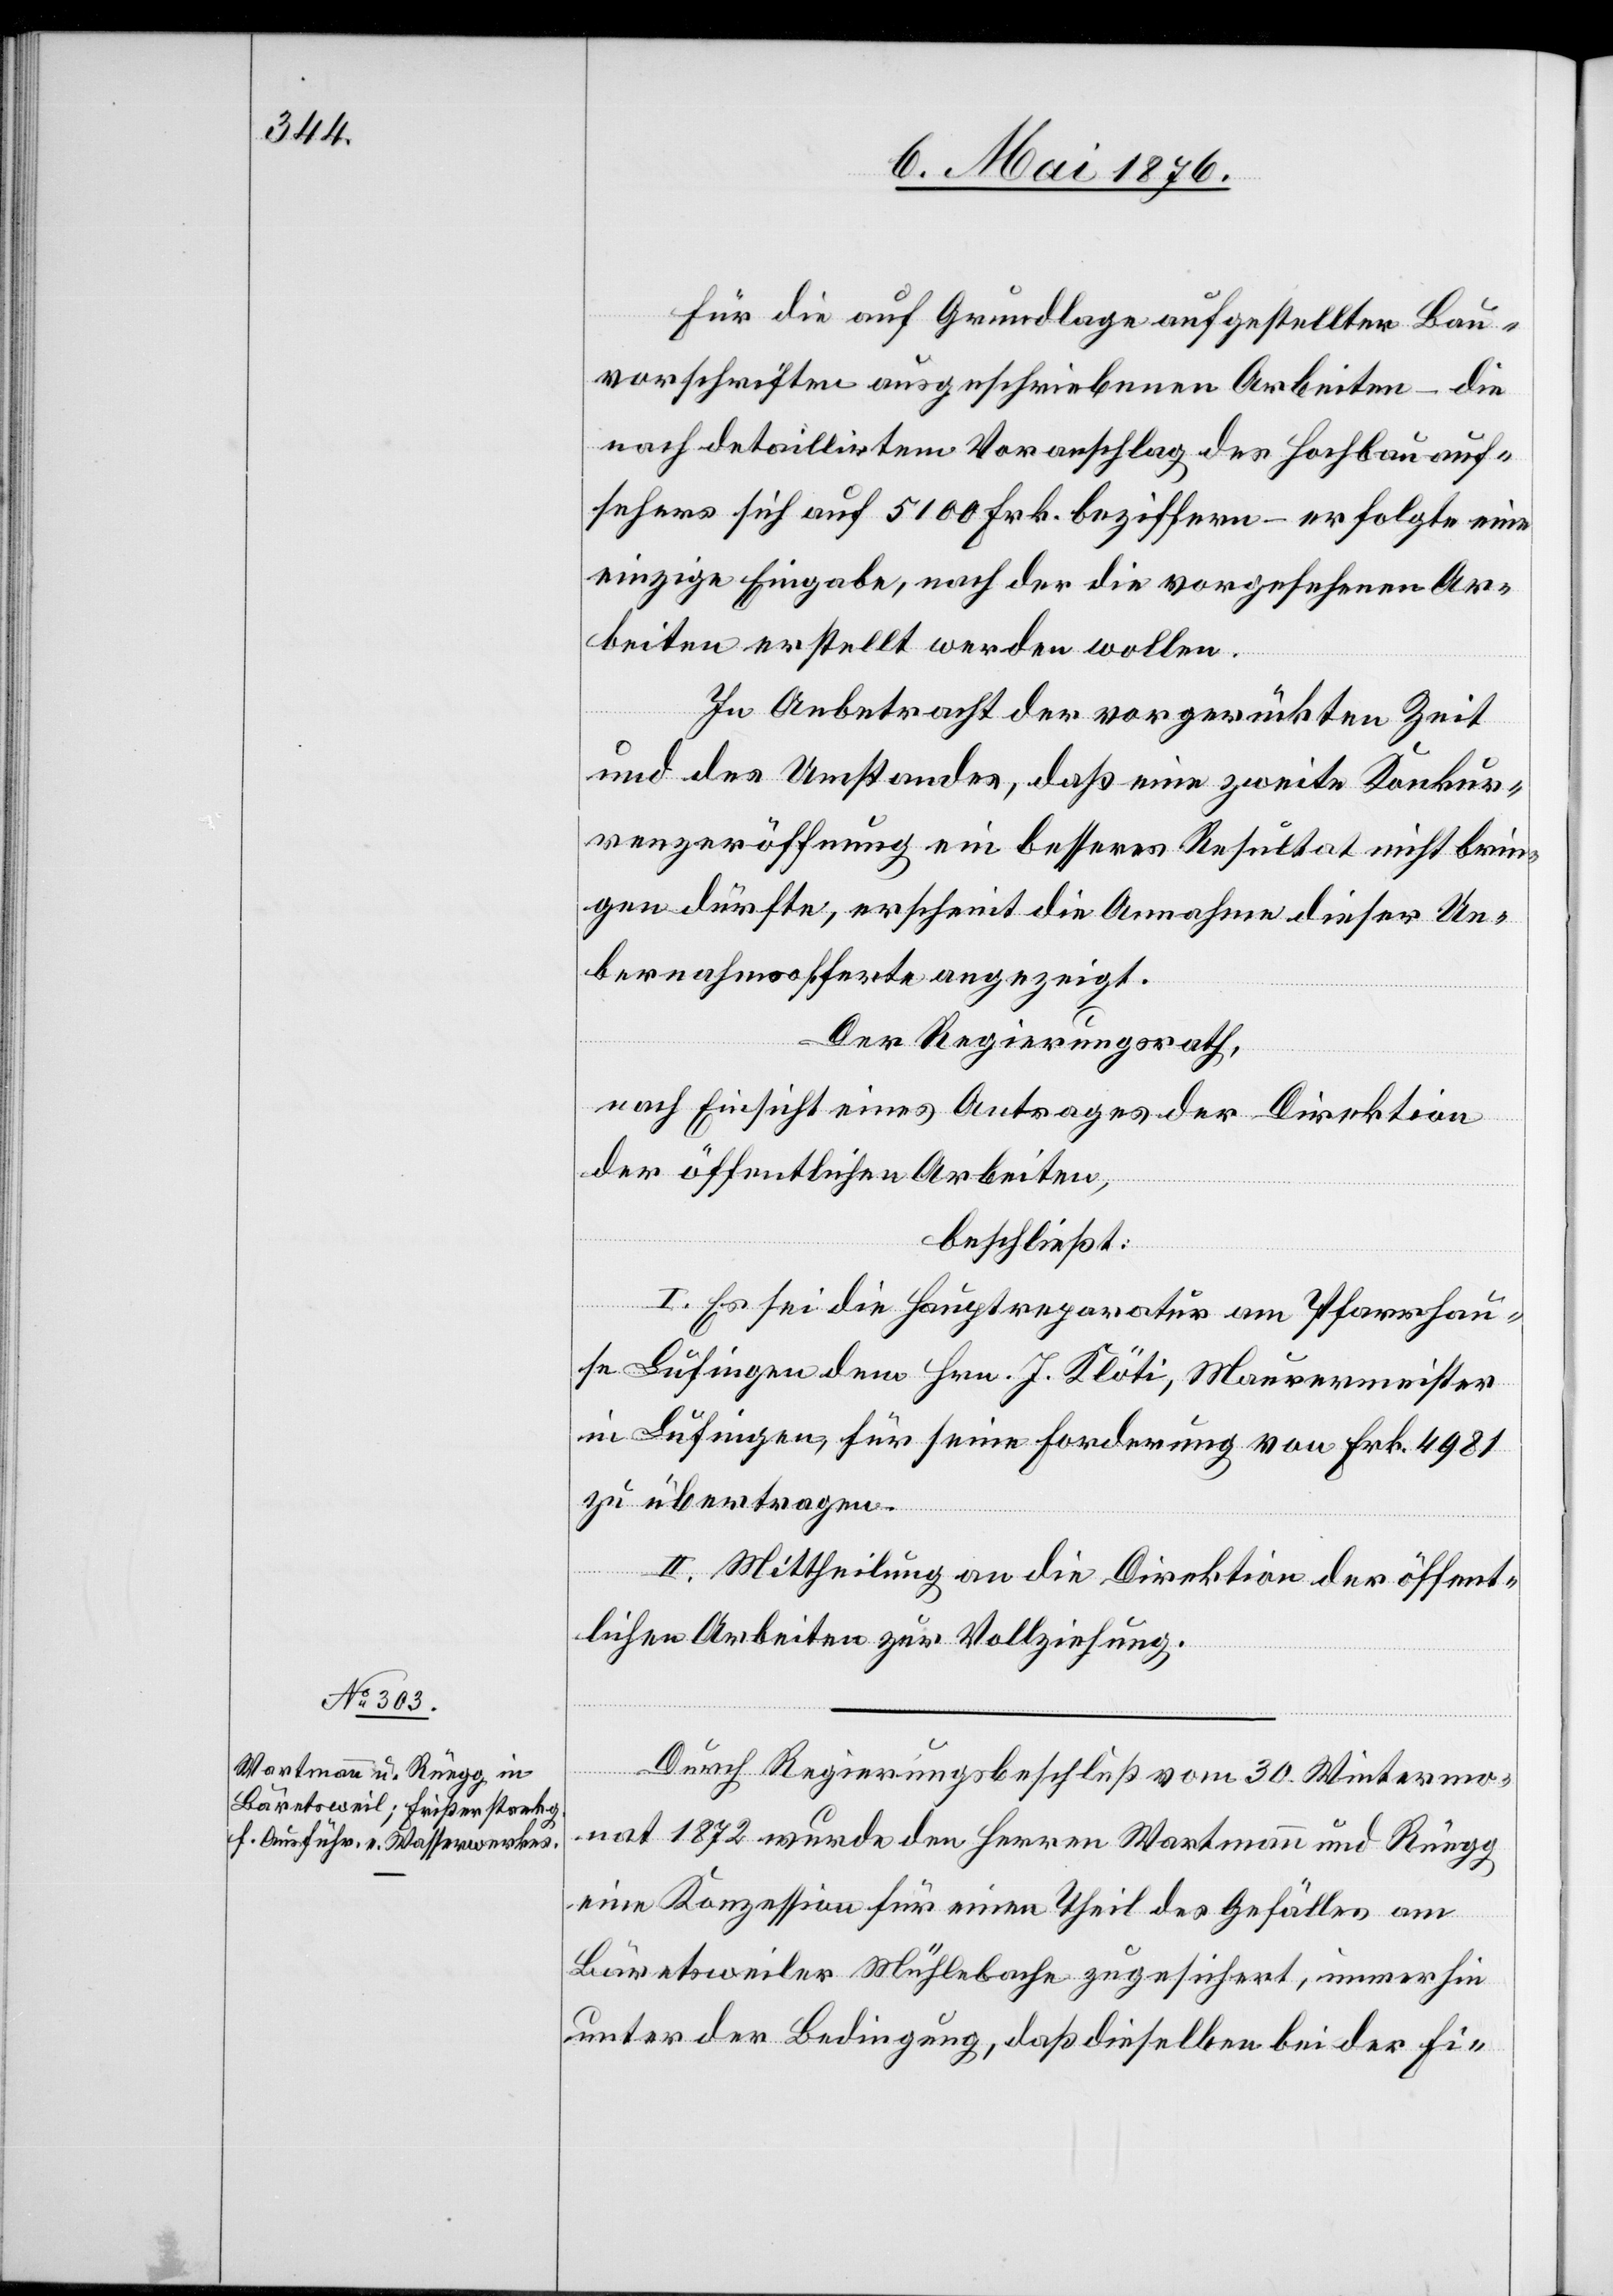
Für die auf Grundlage aufgestellter Bau¬
vorschriften ausgeschriebenen Arbeiten – die
nach detaillirtem Voranschlag des Hochbauauf¬
sehers sich auf 5100 Frk. beziffern – erfolgte eine
einzige Eingabe, nach der die vorgesehenen Ar¬
beiten erstellt werden wollen.
In Anbetracht der vorgerückten Zeit
und des Umstandes, daß eine zweite Konkur¬
renzeröffnung ein besseres Resultat nicht brin¬
gen dürfte, erscheint die Annahme dieser Ue¬
bernahmsofferte angezeigt.
Der Regierungsrath,
nach Einsicht eines Antrages der Direktion
der öffentlichen Arbeiten,
beschließt:
I. Es sei die Hauptreparatur am Pfarrhau¬
se Lufingen dem Hrn. J. Klöti, Maurermeister
in Lufingen, für seine Forderung von Frk. 4981
zu übertragen.
II. Mittheilung an die Direktion der öffent¬
lichen Arbeiten zur Vollziehung.
Durch Regierungsbeschluß vom 30. Wintermo¬
nat 1872 wurde den Herren Wartmann und Rüegg
eine Konzession für einen Theil des Gefälles am
Bäretsweiler Mühlebache zugesichert, immerhin
unter der Bedingung, daß dieselben bei der Fi-